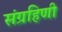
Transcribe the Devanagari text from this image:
संग्रहिणी